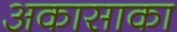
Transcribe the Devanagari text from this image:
अकासाका